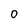
Character: 0